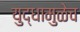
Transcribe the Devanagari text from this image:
युद्धामुळेच